Plague in India, 1896, 1897 - Volume 3
Year: 1896
Disease focus: Plague
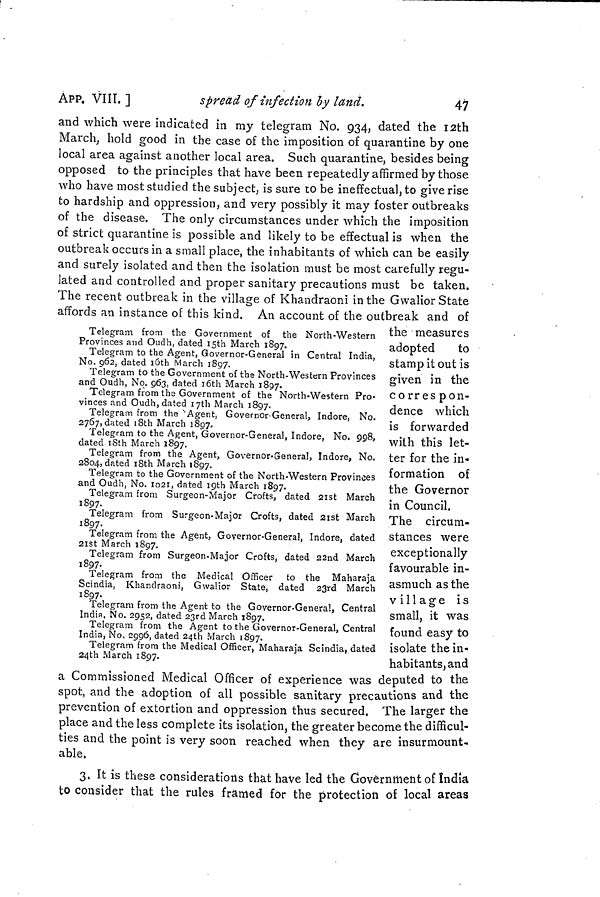
APP. VIII. ]
spread of infection by land.
47
and which were indicated in my telegram No. 934, dated the 12th
March, hold good in the case of the imposition of quarantine by one
local area against another local area. Such quarantine, besides being
opposed to the principles that have been repeatedly affirmed by those
who have most studied the subject, is sure to be ineffectual, to give rise
to hardship and oppression, and very possibly it may foster outbreaks
of the disease. The only circumstances under which the imposition
of strict quarantine is possible and likely to be effectual is when the
outbreak occurs in a small place, the inhabitants of which can be easily
and surely isolated and then the isolation must be most carefully regu-
lated and controlled and proper sanitary precautions must be taken.
The recent outbreak in the village of Khandraoni in the Gwalior State
affords an instance of this kind. An account of the outbreak and of
Telegram from the Government of the North-Western
Provinces and Oudh, dated 15th March 1897.
Telegram to the Agent, Governor-General in Central India,
No. 962, dated 16th March 1897.
Telegram to the Government of the North-Western Provinces
and Oudh, No. 963, dated 10th March 1897.
Telegram from the Government of the North-Western Pro-
vinces and Oudh, dated I7th March 1897.
Telegram from the Agent, Governor-General, Indore, No.
2767, dated 18th March 1897.
Telegram to the Agent, Governor-General, Indore, No. 998,
dated 18th March 1897.
Telegram from the Agent, Governor-General, Indore, No.
2804, dated 18th March 1897.
Telegram to the Government of the North-Western Provinces
and Oudh, No. 1021, dated 19th March 1897.
Telegram from Surgeon-Major Crofts, dated 21st March
1897.
Telegram from Surgeon-Major Crofts, dated 21st March
1897.
Telegram from the Agent, Governor-General, Indore, dated
21st March 1897.
Telegram from Surgeon-Major Crofts, dated 22nd March
1897.
Telegram from the Medical Officer to the Maharaja
Scindia, Khandraoni, Gwalior State, dated 23rd March
1897.
Telegram from the Agent to the Governor-General, Central
India, No. 2952, dated 23rd March 1897.
Telegram from the Agent to the Governor-General, Central
India, No. 2996, dated 24th March 1897.
Telegram from the Medical Officer, Maharaja Scindia, dated
24th March 1897.
the measures
adopted
to
stamp it out is
given in the
corres pon-
dence which
is forwarded
with this let-
ter for the in-
formation of
the Governor
in Council.
The circum-
stances were
exceptionally
favourable in-
asmuch as the
village is
small, it was
found easy to
isolate the in-
habitants, and
a Commissioned Medical Officer of experience was deputed to the
spot, and the adoption of all possible sanitary precautions and the
prevention of extortion and oppression thus secured. The larger the
place and the less complete its isolation, the greater become the difficul-
ties and the point is very soon reached when they are insurmount-
able.
3. It is these considerations that have led the Government of India
to consider that the rules framed for the protection of local areas